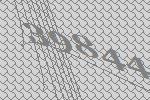
39844